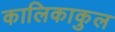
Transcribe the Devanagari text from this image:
कालिकाकुल